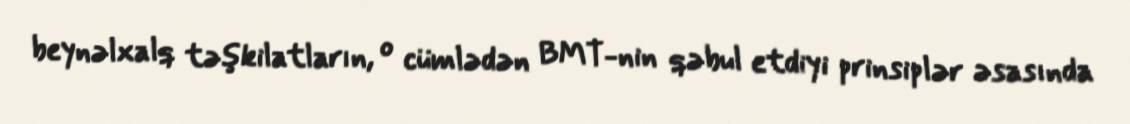
beynəlxalq təşkilatların, o cümlədən BMT-nin qəbul etdiyi prinsiplər əsasında